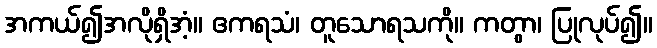
အကယ်၍အလိုရှိအံ့။ ဧကရသံ၊ တူသောရသကို။ ကတွာ၊ ပြုလုပ်၍။